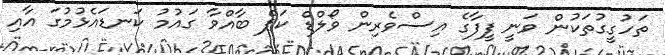
ތަހުގީގުތަކުން ވަނީ ފީފާގެ އިސްވެރިން ވޯލްޑް ކަޕް ބާއްވާ ގައުމު ކަނޑައެޅުމުގަ އާއި